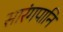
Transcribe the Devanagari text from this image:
सारंगपानि